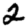
Digit: 2